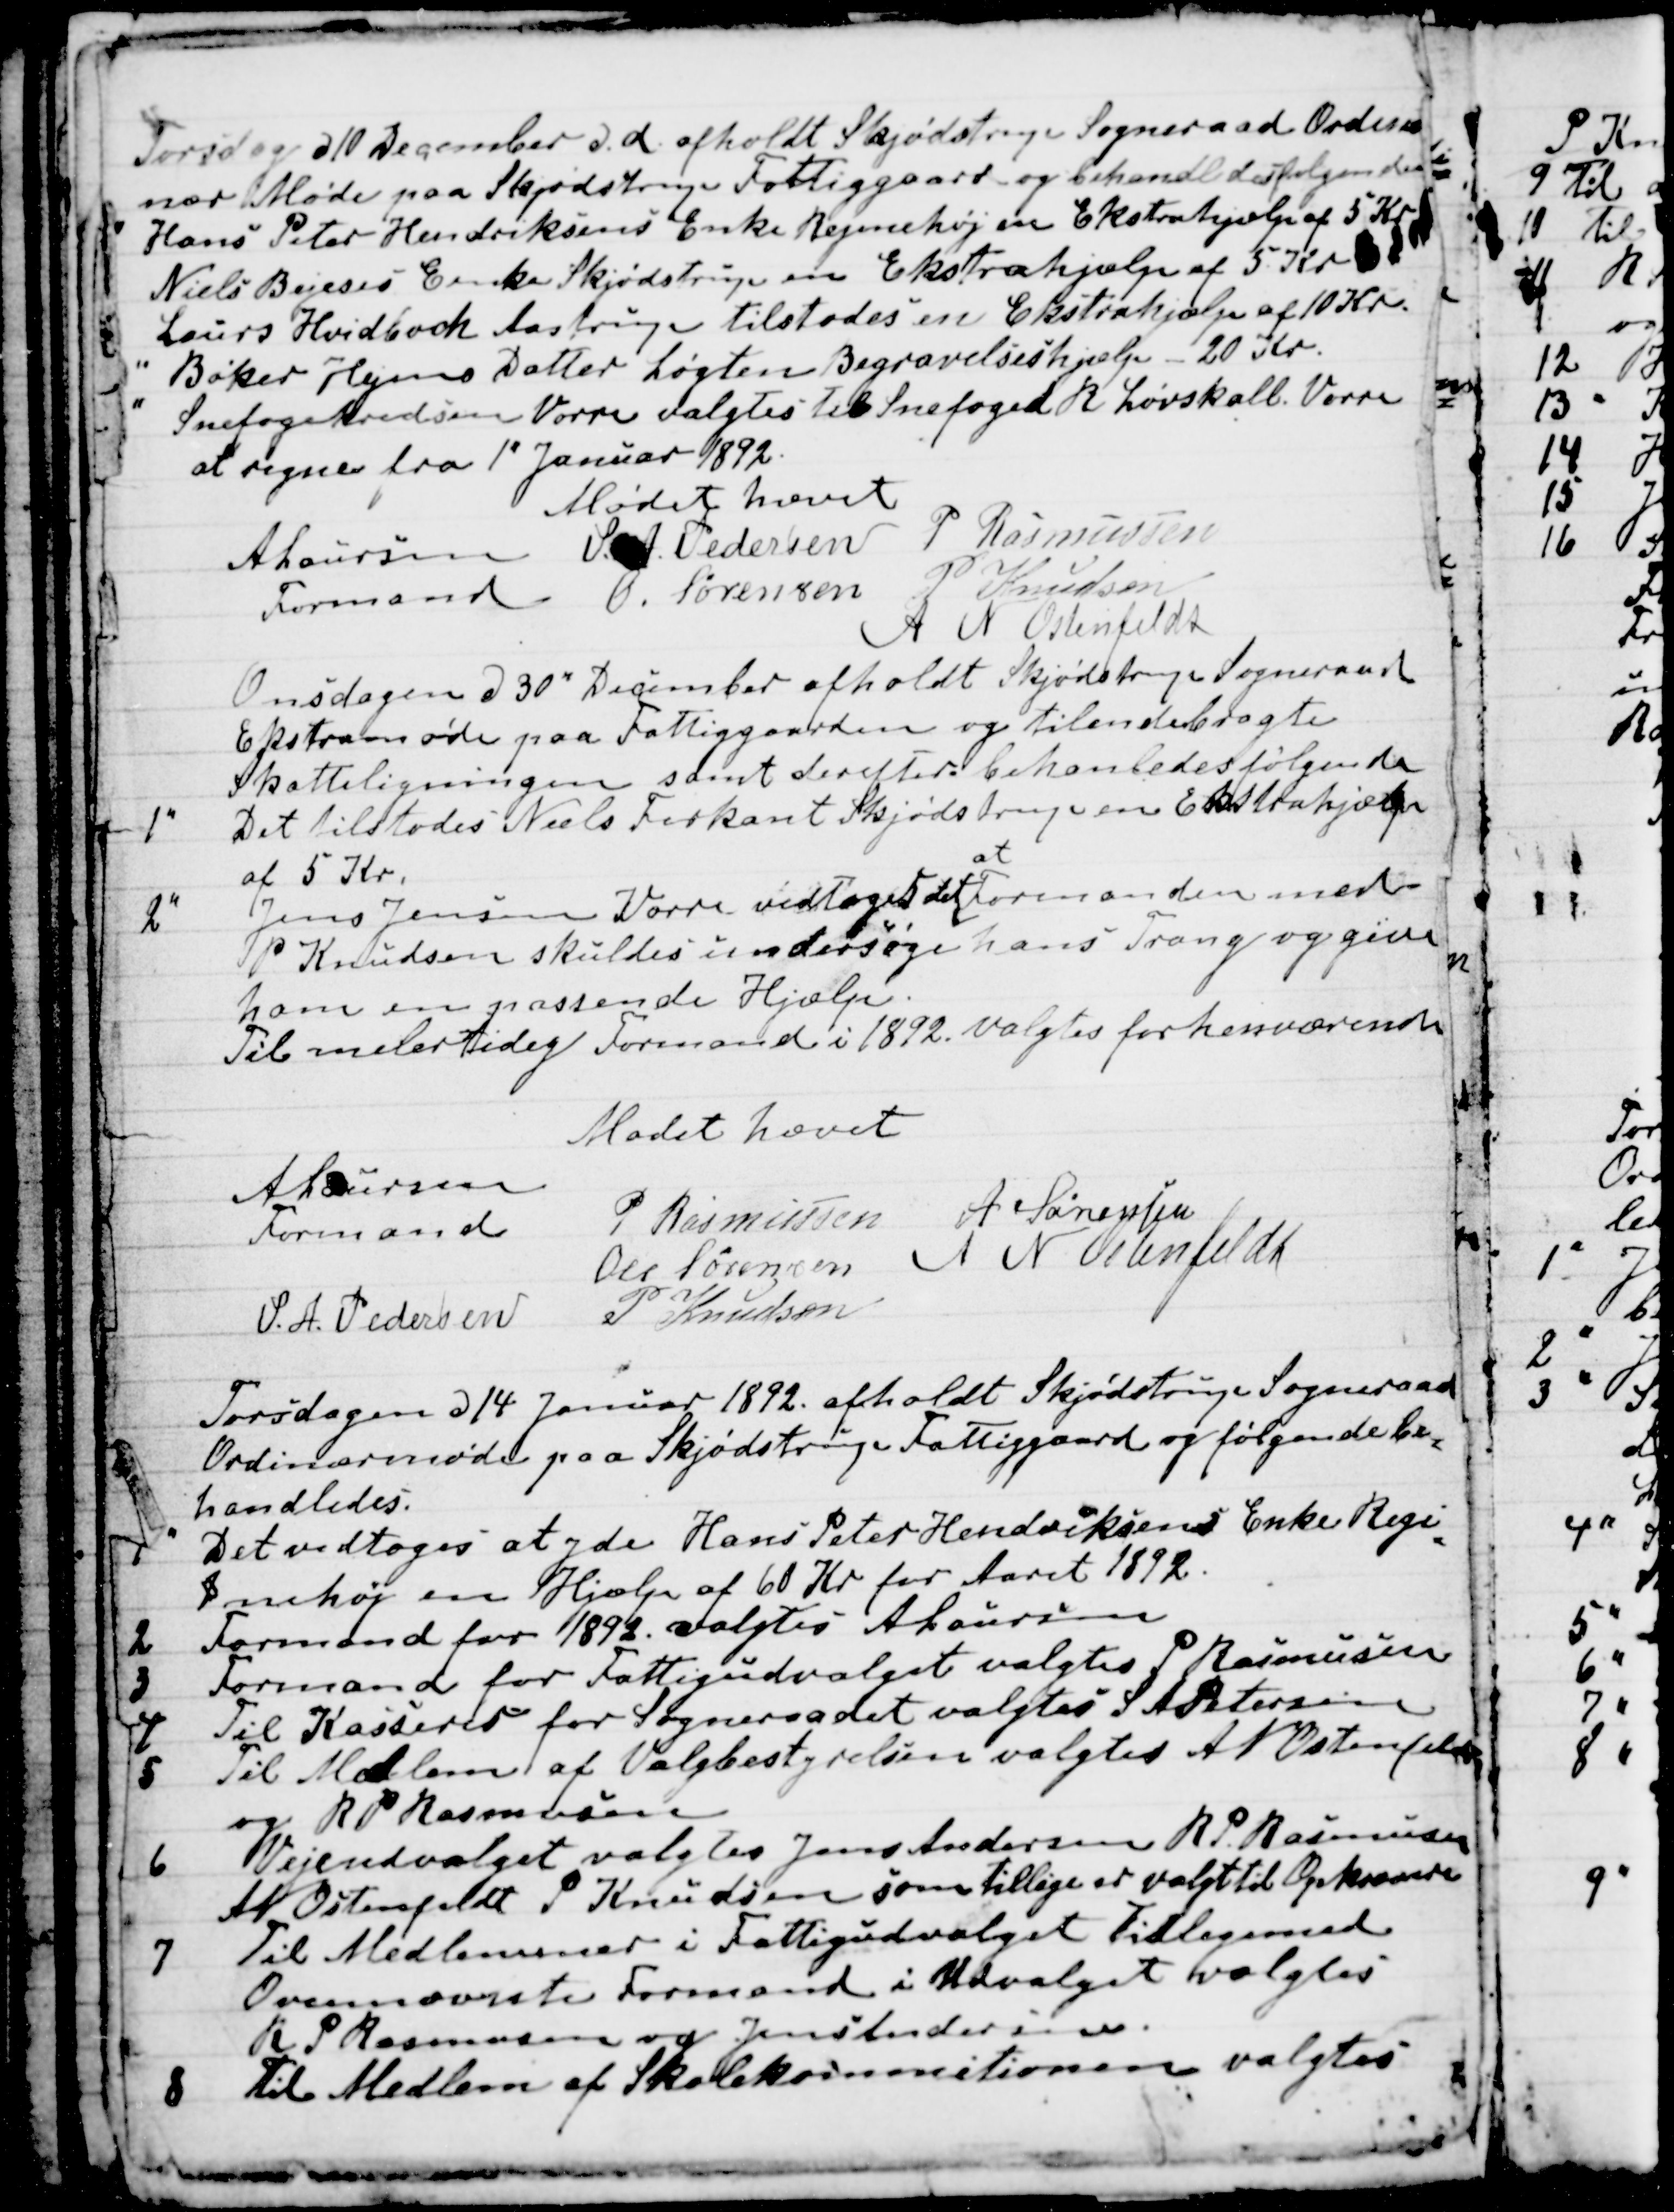
Transskription:
Torsdag d 10 December d. A. afholdt Skjødstrup Sogneraad Ordinæ
nær Møde paa Skjødstrup Fattiggaard og behandlede følgende
Hans Peter Hendriksens Enke Reginehøj en Ekstrahjælp af 5 Kr
Niels Bejeses Enke Skjødstrup en Ekstrahjælp af 5 Kr
Laurs Hvidbach Aastrup tilstodes en Ekstrahjælp af 10 Kr.
Bøker Hejns Datter Løgten Begravelseshjælp  20 Kr.
Snefogedkredsen Vorre valgtes til Snefoged R Løvskall. Vorre
at regne fra 1" Januar 1892
Mødet hævet
A Laursen
Formand
S. A. Pedersen
P Rasmussen
O. Sørensen
P Knudsen
A N Ostenfeldt

Onsdagen d 30" December afholdt Skjødstrup Sogneraad 
Ekstramøde paa Fattiggaarden og tilendebragte 
Skatteligningen samt derefter behandledes følgende
1" Det tilstodes Niels Firkant Skjødstrup en Ekstrahjælp
af 5 Kr.
2" Jens Jensen Vorre vedtoges det 
at
Formanden med
P Knudsen skuldes undersøge hans Trang og give
ham en passende Hjælp.
Til midlertidig Formand i 1892 valgtes forhenværende
Mødet hævet
A Laursen
Formand
P Rasmussen
A Sørensen
Ole Sørensen
A N Ostenfeldt
S. A. Pedersen
P Knudsen

Torsdagen d 14 Januar 1892 afholdt Skjødstrup Sogneraad
Ordinærmøde paa Skjødstrup Fattiggaard og følgende be-
handledes. 
1 " Det vedtoges at yde Hans Peter Hendriksens Enke Regi
=
1 nehøj en Hjælp af 60 Kr for Aaret 1892.
2  Formand for 1892 valgtes A Laursen 
3  Formand for Fattigudvalget valgtes P Rasmussen 
4 Til Kasserer for Sogneradet valgtes S A Petersen 
5 Til Medlem af Valgbestyrelsen valgtes A N Ostenfeld
og R P Rasmussen 
6 Vejeudvalget valgtes Jens Andersen R P Rasmussen 
A N Ostenfeldt P Knudsen som tillige er valgt til Opkrævere 
7 Til Medlemmer i Fattigudvalget tilligemed 
Ovennævnte Formand i Udvalget valgtes 
R P Rasmussen og Jens Andersen.
8 Til Medlem af Skolekommitionen valgtes